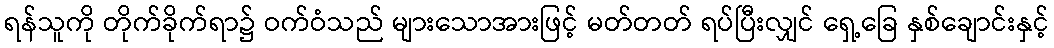
ရန်သူကို တိုက်ခိုက်ရာ၌ ဝက်ဝံသည် များသောအားဖြင့် မတ်တတ် ရပ်ပြီးလျှင် ရှေ့ခြေ နှစ်ချောင်းနှင့်